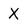
Character: X